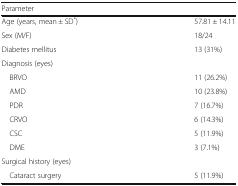
| Parameter |  |
 | --- | --- |
 | Age (years, mean ± SD*) | 57.81 ± 14.11 |
 | Sex (M/F) | 18/24 |
 | Diabetes mellitus | 13 (31%) |
 | <COLSPAN=2> Diagnosis (eyes) |
 | BRVO | 11 (26.2%) |
 | AMD | 10 (23.8%) |
 | PDR | 7 (16.7%) |
 | CRVO | 6 (14.3%) |
 | CSC | 5 (11.9%) |
 | DME | 3 (7.1%) |
 | <COLSPAN=2> Surgical history (eyes) |
 | Cataract surgery | 5 (11.9%) |